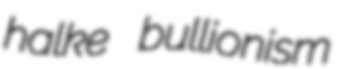
halke bullionism